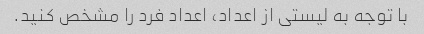
با توجه به لیستی از اعداد، اعداد فرد را مشخص کنید.